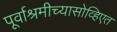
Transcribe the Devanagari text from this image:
पूर्वाश्रमीच्यासोव्हिएत